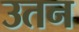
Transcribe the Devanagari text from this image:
उतन